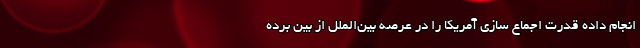
انجام داده قدرت اجماع سازی آمریکا را در عرصه بین‌الملل از بین برده